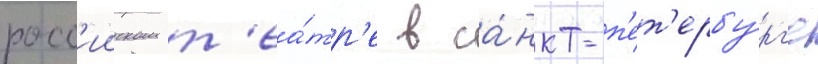
росс'ииском т'еа́тр'е в са́нкт-п'ет'ербу́рг'е